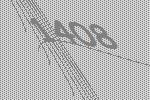
1408